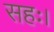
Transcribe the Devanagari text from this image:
सहः।